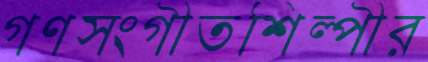
গণসংগীতশিল্পীর